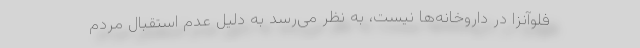
فلوآنزا در داروخانه‌ها نیست، به نظر می‌رسد به دلیل عدم استقبال مردم